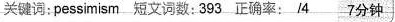
关键词：pessimism 短文词数：393 正确率： /4 7分钟